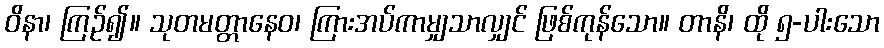
ဝိနာ၊ ကြဉ်၍။ သုတမတ္တာနေဝ၊ ကြားအပ်ကာမျှသာလျှင် ဖြစ်ကုန်သော။ တာနိ၊ ထို ၅-ပါးသော